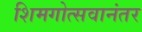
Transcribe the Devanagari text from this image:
शिमगोत्सवानंतर